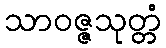
သာဝဇ္ဇသုတ္တံ